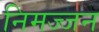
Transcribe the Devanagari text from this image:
निमज्‍जन